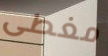
مغطى